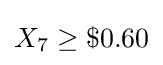
X_{7}\geq \$0.60